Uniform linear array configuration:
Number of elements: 32
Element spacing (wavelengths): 1
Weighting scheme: cosine
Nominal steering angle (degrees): -15
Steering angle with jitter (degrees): -13.19
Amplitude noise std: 0.05
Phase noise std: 0.05

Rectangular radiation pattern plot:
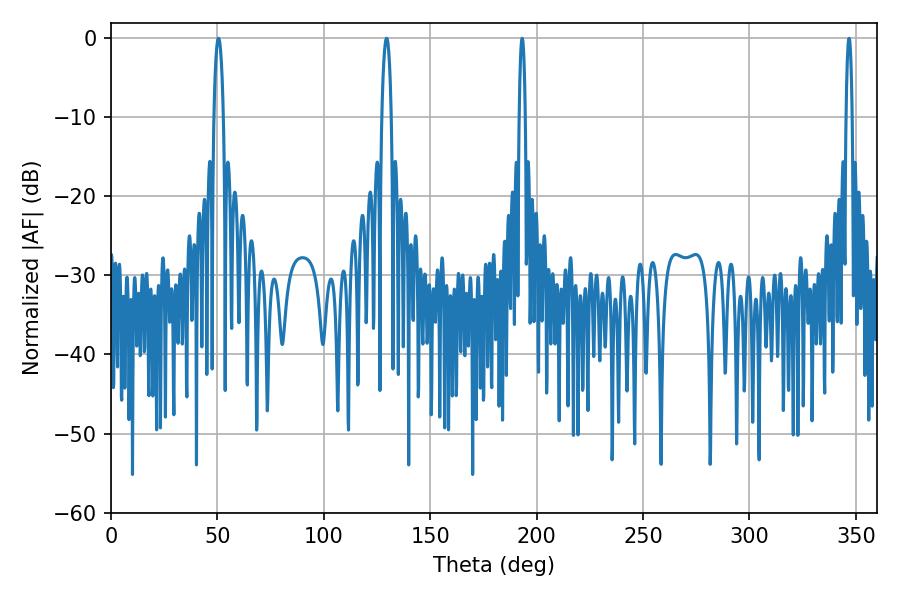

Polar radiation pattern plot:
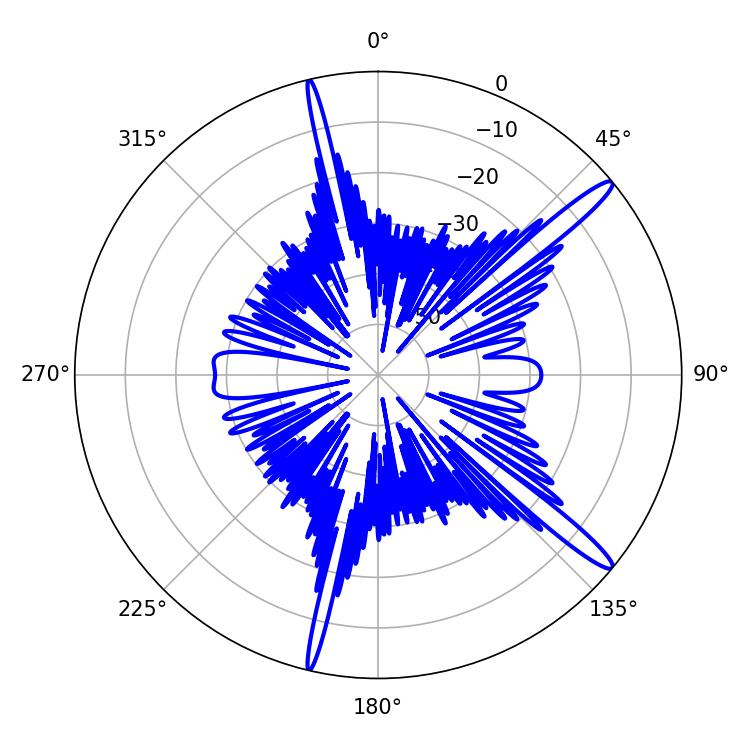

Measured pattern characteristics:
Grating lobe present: TRUE
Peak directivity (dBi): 15.139
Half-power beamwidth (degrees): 2.52
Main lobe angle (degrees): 129.42